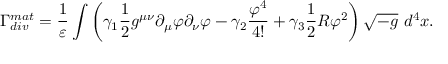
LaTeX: \Gamma _ { d i v } ^ { m a t } = \frac { 1 } { \varepsilon } \int \left( \gamma _ { 1 } \frac { 1 } { 2 } g ^ { \mu \nu } \partial _ { \mu } \varphi \partial _ { \nu } \varphi - \gamma _ { 2 } \frac { \varphi ^ { 4 } } { 4 ! } + \gamma _ { 3 } \frac { 1 } { 2 } R \varphi ^ { 2 } \right) \sqrt { - g } ~ d ^ { 4 } x .